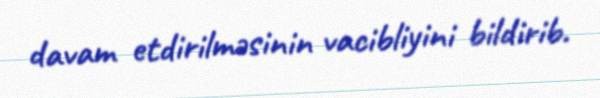
davam etdirilməsinin vacibliyini bildirib.